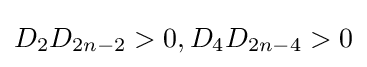
D_{2}D_{2n-2}>0,D_{4}D_{2n-4}>0